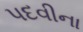
પદવીના